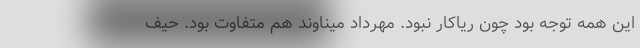
این همه توجه بود چون ریا‌کار نبود. مهرداد میناوند هم متفاوت بود. حیف